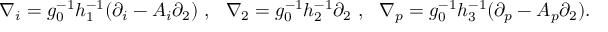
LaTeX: \nabla _ { i } = g _ { 0 } ^ { - 1 } h _ { 1 } ^ { - 1 } ( \partial _ { i } - A _ { i } \partial _ { 2 } ) ~ , ~ ~ \nabla _ { 2 } = g _ { 0 } ^ { - 1 } h _ { 2 } ^ { - 1 } \partial _ { 2 } ~ , ~ ~ \nabla _ { p } = g _ { 0 } ^ { - 1 } h _ { 3 } ^ { - 1 } ( \partial _ { p } - A _ { p } \partial _ { 2 } ) .